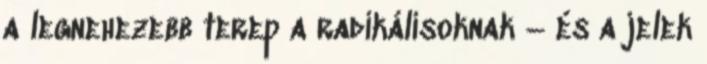
a legnehezebb terep a radikálisoknak – és a jelek